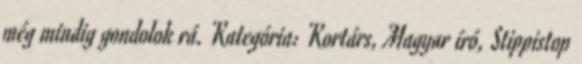
még mindig gondolok rá. Kategória: Kortárs, Magyar író, Stippistop